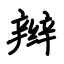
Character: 辫